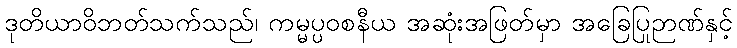
ဒုတိယာဝိဘတ်သက်သည်၊ ကမ္မပ္ပဝစနီယ အဆုံးအဖြတ်မှာ အခြေပြုဉာဏ်နှင့်